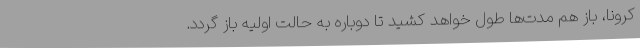
کرونا، باز هم مدت‌ها طول خواهد کشید تا دوباره به حالت اولیه باز گردد.